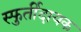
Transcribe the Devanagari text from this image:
स्फुर्तीदायक